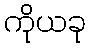
ကိုယခု